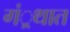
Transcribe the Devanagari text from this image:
गं्रथात